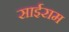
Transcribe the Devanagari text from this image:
साईराम